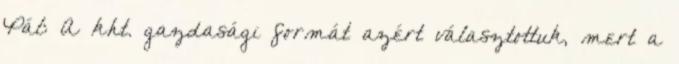
Pál: A kht. gazdasági formát azért választottuk, mert a